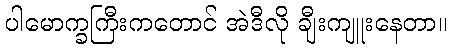
ပါမောက္ခကြီးကတောင် အဲဒီလို ချီးကျူးနေတာ။